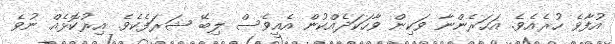
އުފާވެ ހުރެއެވެ. އަހަރެންނާ ވަކިން ވާހަކަދެއްކުން އެއީވެސް ލިބޭ ޝަރަފެކެވެ. އިރުކޮޅެއް ނުވެ